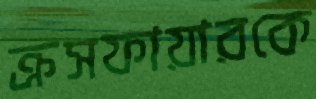
ক্রসফায়ারকে